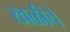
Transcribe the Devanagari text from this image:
खळीचे